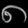
Digit: ၈